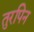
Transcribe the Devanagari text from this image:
तुरपिन